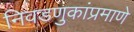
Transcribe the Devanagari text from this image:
निवडणुकांप्रमाणे